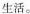
生活。